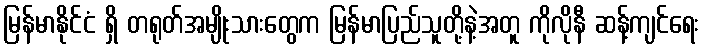
မြန်မာနိုင်ငံ ရှိ တရုတ်အမျိုးသားတွေက မြန်မာပြည်သူတို့နဲ့အတူ ကိုလိုနီ ဆန့်ကျင်ရေး